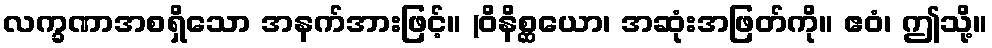
လက္ခဏာအစရှိသော အနက်အားဖြင့်။ (ဝိနိစ္ဆယော၊ အဆုံးအဖြတ်ကို။ ဧဝံ၊ ဤသို့။